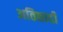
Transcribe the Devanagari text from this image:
अतिछादी